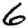
Digit: 6